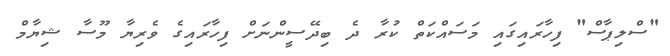
"ސްލިޕާސް" ފިހާރައިގައި މަސައްކަތް ކުރާ ދެ ބިދޭސީންނަށް ފިހާރައިގެ ވެރިޔާ މޫސާ ޝިޔާމް